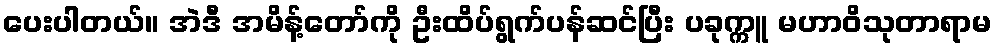
ပေးပါတယ်။ အဲဒီ အမိန့်တော်ကို ဦးထိပ်ရွက်ပန်ဆင်ပြီး ပခုက္ကူ မဟာဝိသုတာရာမ